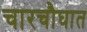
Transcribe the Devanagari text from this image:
चारचौघात